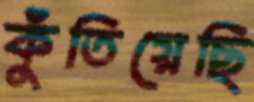
কুঁতিয়েছি